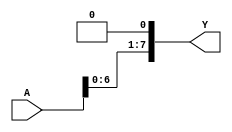
module NbitShiftLeft #(parameter N = 8)
(input [N-1:0] A,
output [N-1:0] Y);

assign Y = {A[N-2:0], 1'b0};

endmodule